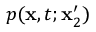
p ( \mathbf { x } , t ; \mathbf { x } _ { 2 } ^ { \prime } )